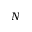
N